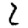
Digit: 2